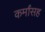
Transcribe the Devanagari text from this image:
कर्मांसह